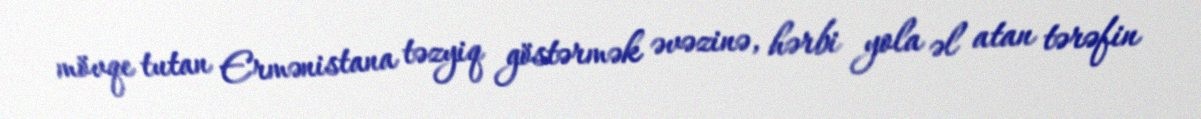
mövqe tutan Ermənistana təzyiq göstərmək əvəzinə, hərbi yola əl atan tərəfin